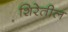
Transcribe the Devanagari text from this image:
शिरेतील